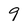
Character: 9